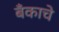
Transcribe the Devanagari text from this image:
बँकाचे